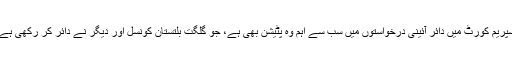
سپریم کورٹ میں دائر آئینی درخواستوں میں سب سے اہم وہ پٹیشن بھی ہے، جو گلگت بلتستان کونسل اور دیگر نے دائر کر رکھی ہے۔